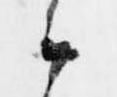
候